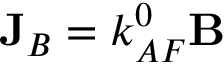
\mathbf { J } _ { B } = k _ { A F } ^ { 0 } \mathbf { B }